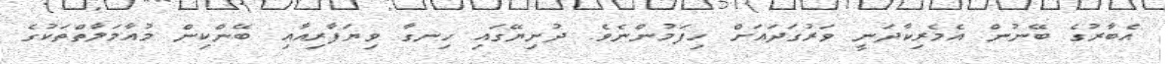
އެބާރުގެ ބޭނުން އެމެރިކާދަނީ ވަރުގަދައަށް ހިފަމުންނެވެ. ދުނިޔޭގައި ހިނގާ ވިޔަފާރިއާއި ބޭންކިން މުއާމަލާތްތަކުގެ